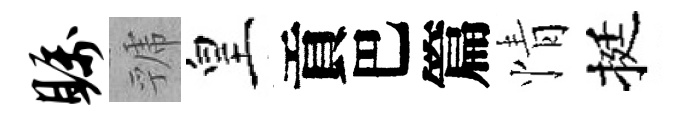
瞩虢皇貢巴篇情挺